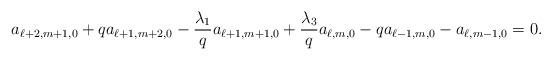
LaTeX: \begin{align*} a_{\ell+2,m+1,0}+qa_{\ell+1,m+2,0}-\frac{\lambda_1}{q}a_{\ell+1,m+1,0}+\frac{\lambda_3}{q}a_{\ell,m,0}-qa_{\ell-1,m,0}-a_{\ell,m-1,0}=0. \end{align*}